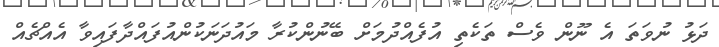
ދަޅު ނުވަތަ އެ ނޫން ވެސް ތަކެތި އުފެއްދުމަށް ބޭނުންކުރާ މައުދަނަކުންއުފައްދާފައިވާ އެއްޗެއް